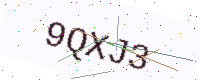
Text: 9QXJ3